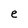
Character: e